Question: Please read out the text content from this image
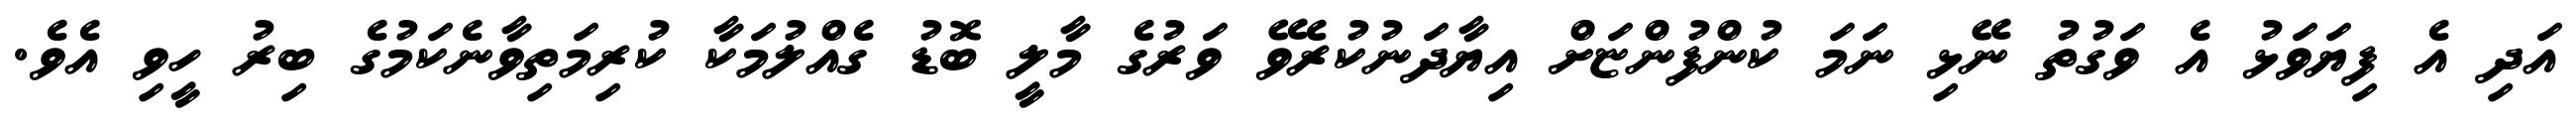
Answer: އަދި އެ ފިޔަވަޅު އެ ވަގުތު ނޭޅި ނަމަ ކުންފުންޏަށް އިޔާދަނުކުރެވޭ ވަރުގެ މާލީ ބޮޑު ގެއްލުމަކާ ކުރިމަތިވާނެކަމުގެ ބިރު ހީވި އެވެ.